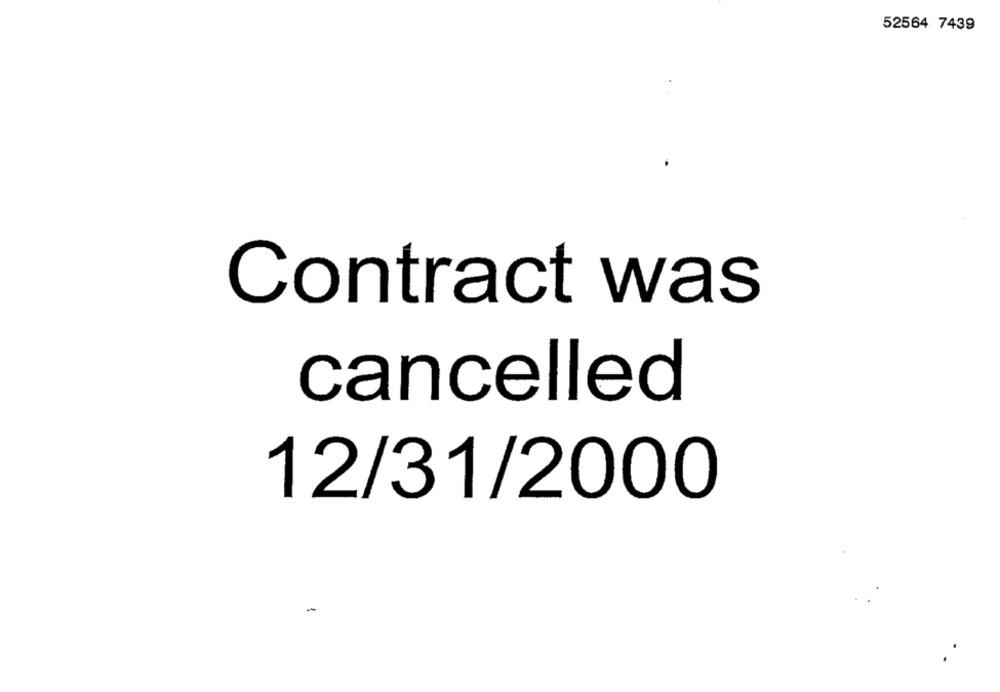
52564 7439
Contract was
cancelled
12/31/2000